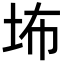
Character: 㘵